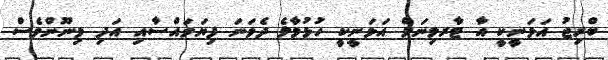
ބްރިޖު އަޅަނީކީ އާ ޓާރމިނަލް އަޅަނީކީ ހުޅުމާލެ ދެވަނަ ފިޔަވައްސާއި އަދި މިނޫންވެސް